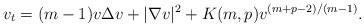
LaTeX: \begin{align*}v_t=(m-1)v\Delta v+|\nabla v|^2+K(m,p)v^{(m+p-2)/(m-1)}.\end{align*}